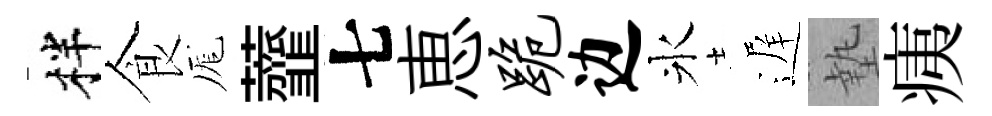
柈食厖虀七恵跪边氷遅墊痍